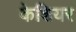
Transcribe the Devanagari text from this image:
केशियर